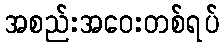
အစည်းအဝေးတစ်ရပ်